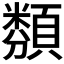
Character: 𩔫